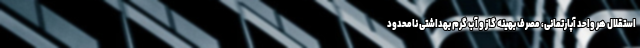
استقلال هر واحد آپارتمانی، مصرف بهینه گاز و آب گرم بهداشتی نامحدود